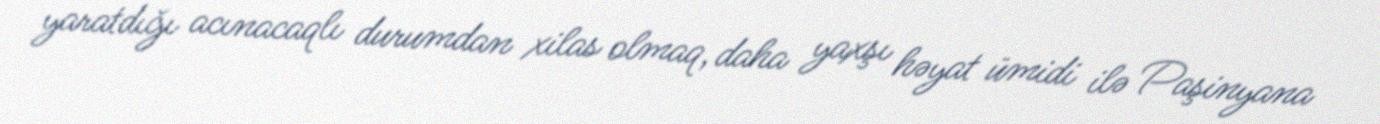
yaratdığı acınacaqlı durumdan xilas olmaq, daha yaxşı həyat ümidi ilə Paşinyana